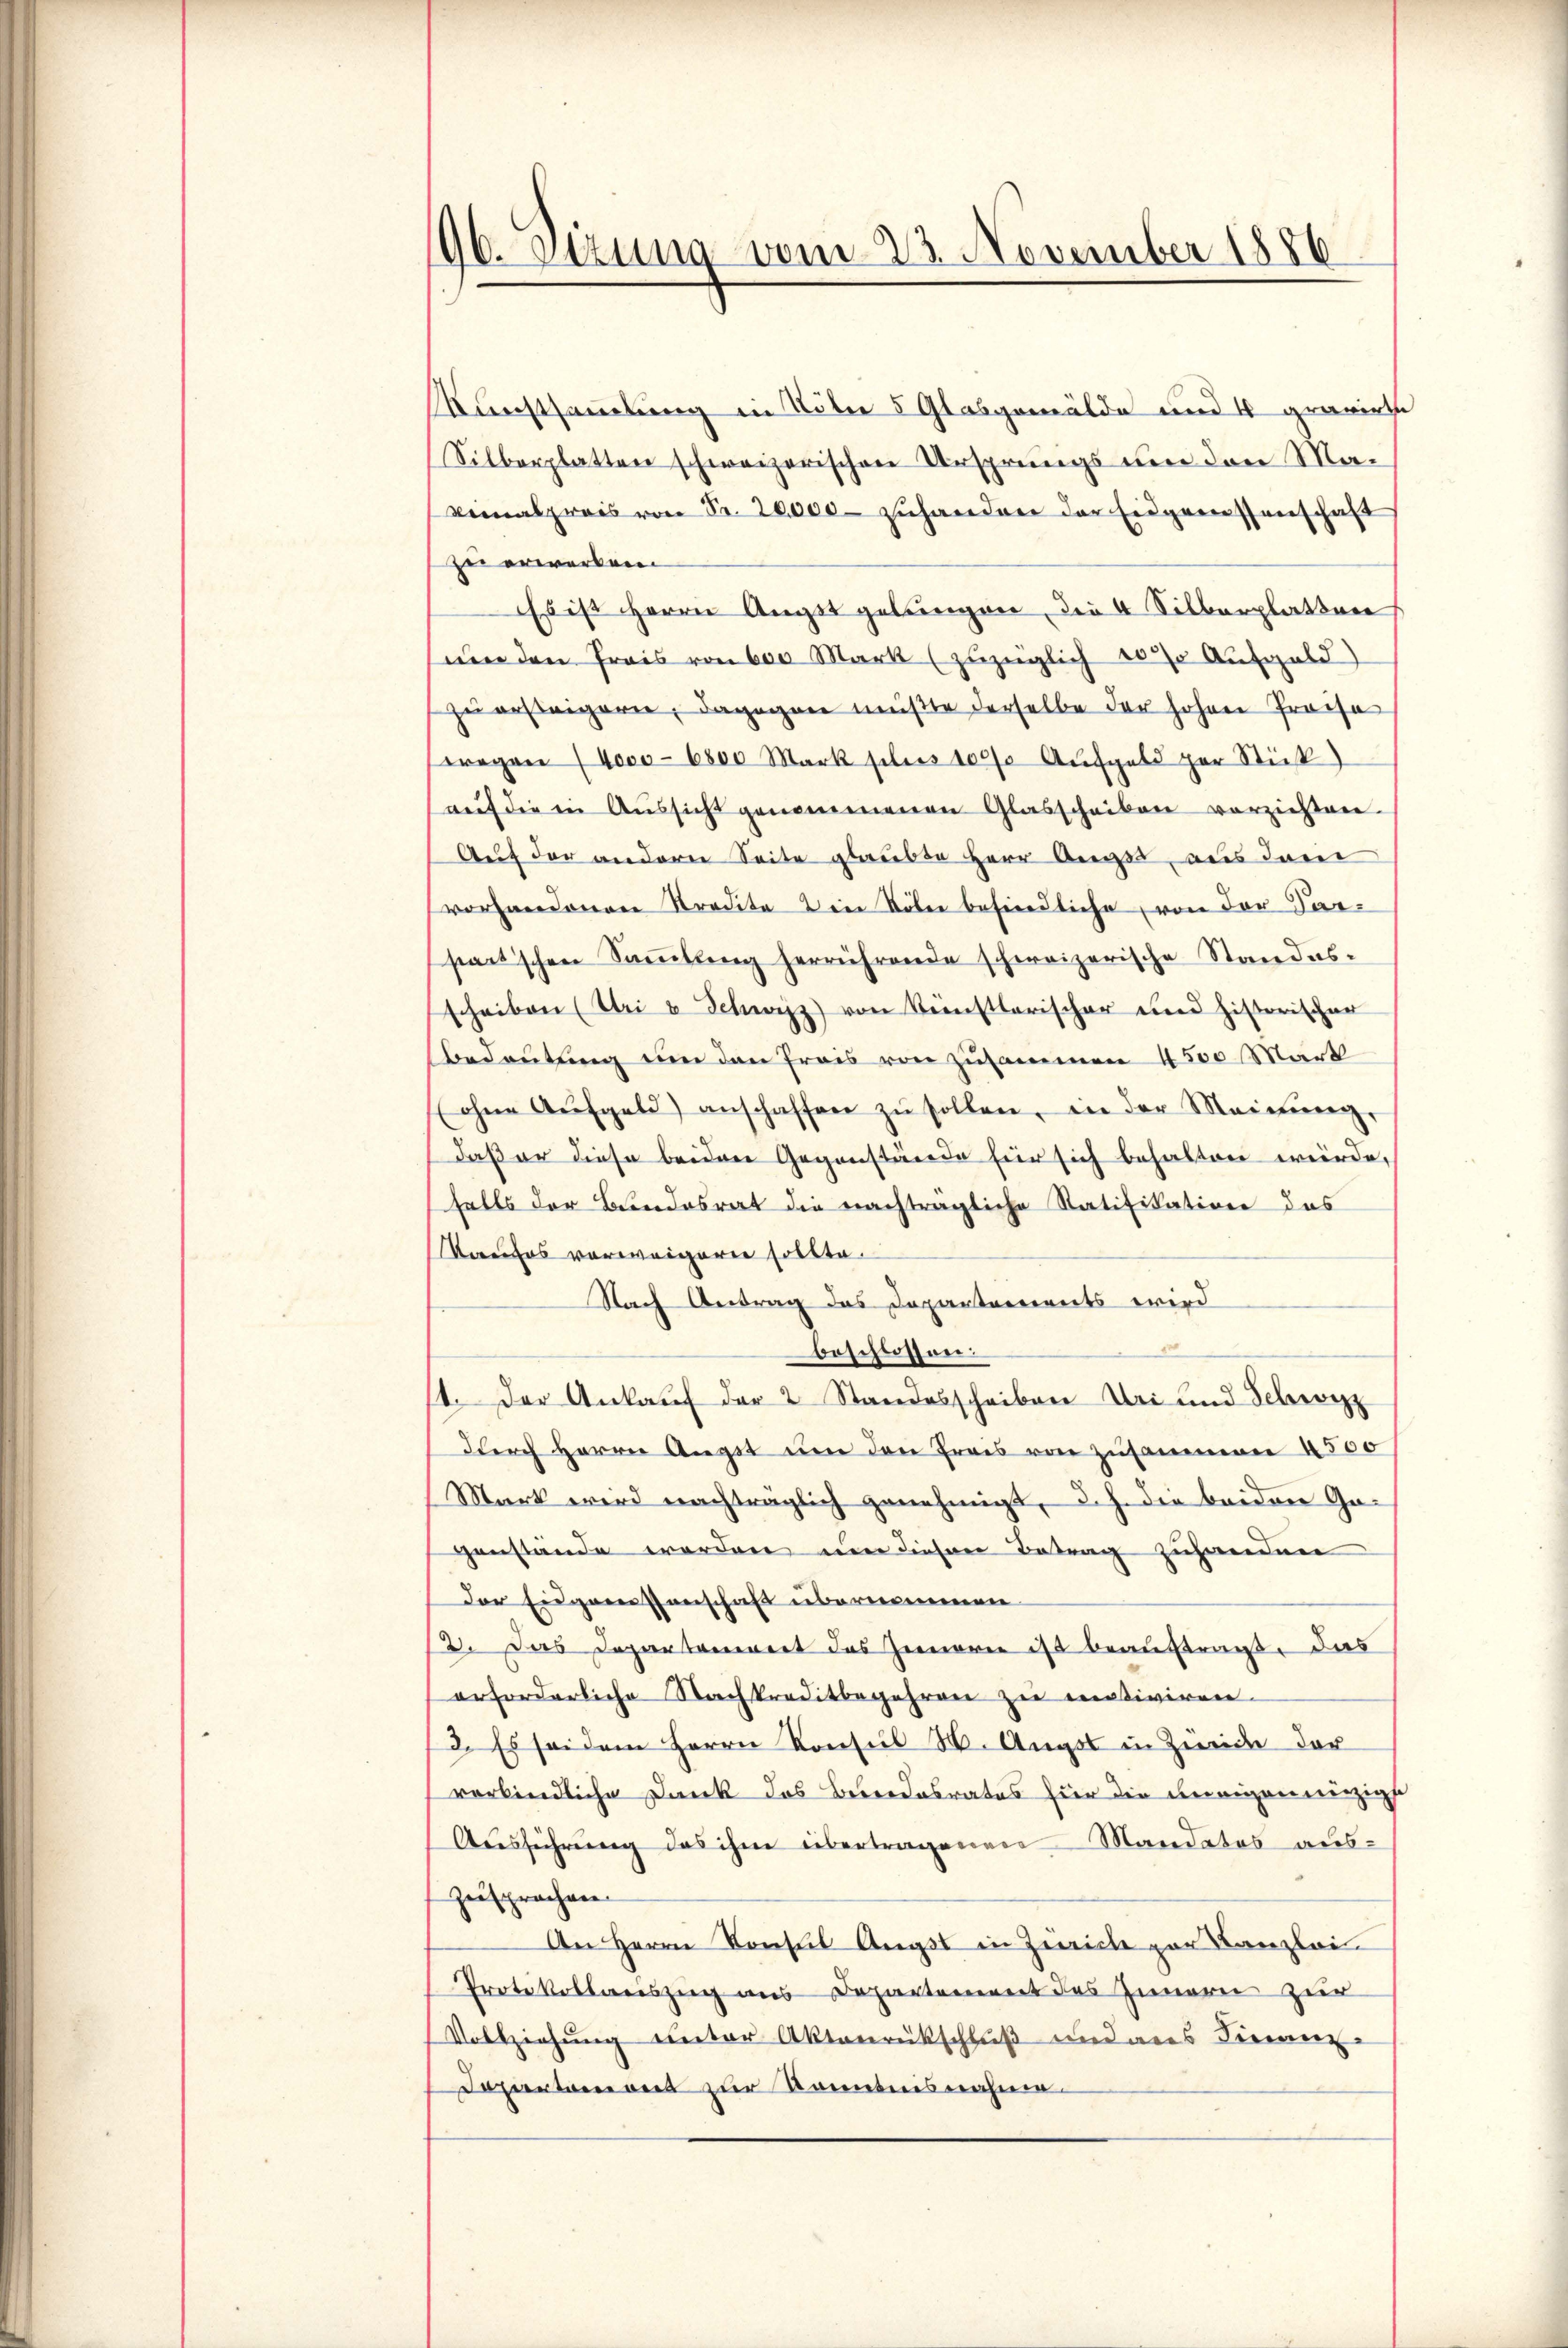
96. Sizung vom 23. November 1886

Kunstsammlung in Täter 5 Glasgemälde und 4 gravirte
Silberplatten schweizerischen Ursprungs um den Ma¬
Venalpreis von Fr. 20,000 zuhanden der Eidgenossenschaft
zu erwerben
Es ist Herrn Augst gelungen, die 4 Silberplatten
sum den Preis von 600 Mark (zuzüglich 10 % Aufgald)
zuersteigern, dagegen müßte derselbe der hohen Preise
wegen (4000 - 6800 Mark plus 100% Aŭfgeld per Stück
auf die in Aŭssicht genommenen Glasscheiben verzichten.
Auf der andern Seite glaubte Herr Augst aus dem
vorhandenen Stradita den Noter befindliche, von der Parsactischen Sammlung herrührende schweizerische Standes-
scheiben (Uri u Schweiz) von Künstlerischer und historischer
Bedeutung um den Preis von zusammen 4500 Mark
(ohne Aŭfgeld) anschaffen zŭ sollen, in der Meinŭng,
daß er diese beiden Gegenstände für sich behalten würde,
falls der Bundesrat die nachträgliche Ratifikation das
Kanlos verweigeren sollte.
Nach Antrag das Departements wird
beschlossen:
1. Der Ankaŭf der 2 Standesscheiben Uri und Schweizz
durch Herrn Augst um den frais von Zusammen 4500
Mart wird nachträglich genehmigt, d. J. die beiden Gagenstände werden um diesen Betrag zuhanden
Der Eidgarnissenschaft übernommen.
2. Das Departoniert das Gemarie ist beauftragt, das
erforderliche Nachkreditbegehren zu motiviren.
2. Es sei dem Herrn Konsul 8. Augst in Zürich der
verbindliche Dank das Berendesrates für die innigen einzige
Ausführung des ihm übertragenen Mandatos aus-
zusprachen.
An Herrn Konsul Augst in Zürich zur Kanzlei-
Protokollauszug aus Departement des Innern zur
Vollziehung unter Aktenrückschluß und aus Finanz-
Dapartement zur Kenntnisnahme.